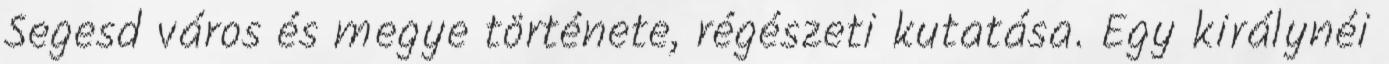
Segesd város és megye története, régészeti kutatása. Egy királynéi